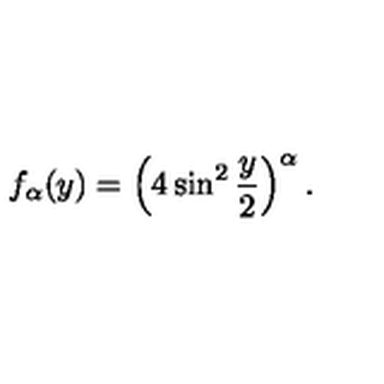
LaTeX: f _ { \alpha } ( y ) = \left( 4 \sin ^ { 2 } \frac { y } { 2 } \right) ^ { \alpha } .